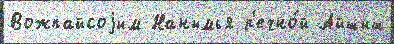
Вожпайсоjим Нанымья р'ечно́й Айшиш